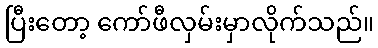
ပြီးတော့ ကော်ဖီလှမ်းမှာလိုက်သည်။